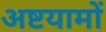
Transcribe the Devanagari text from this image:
अष्टयामों